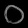
Digit: ၀